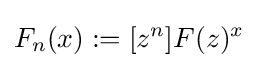
F_{n}(x):=[z^{n}]F(z)^{x}